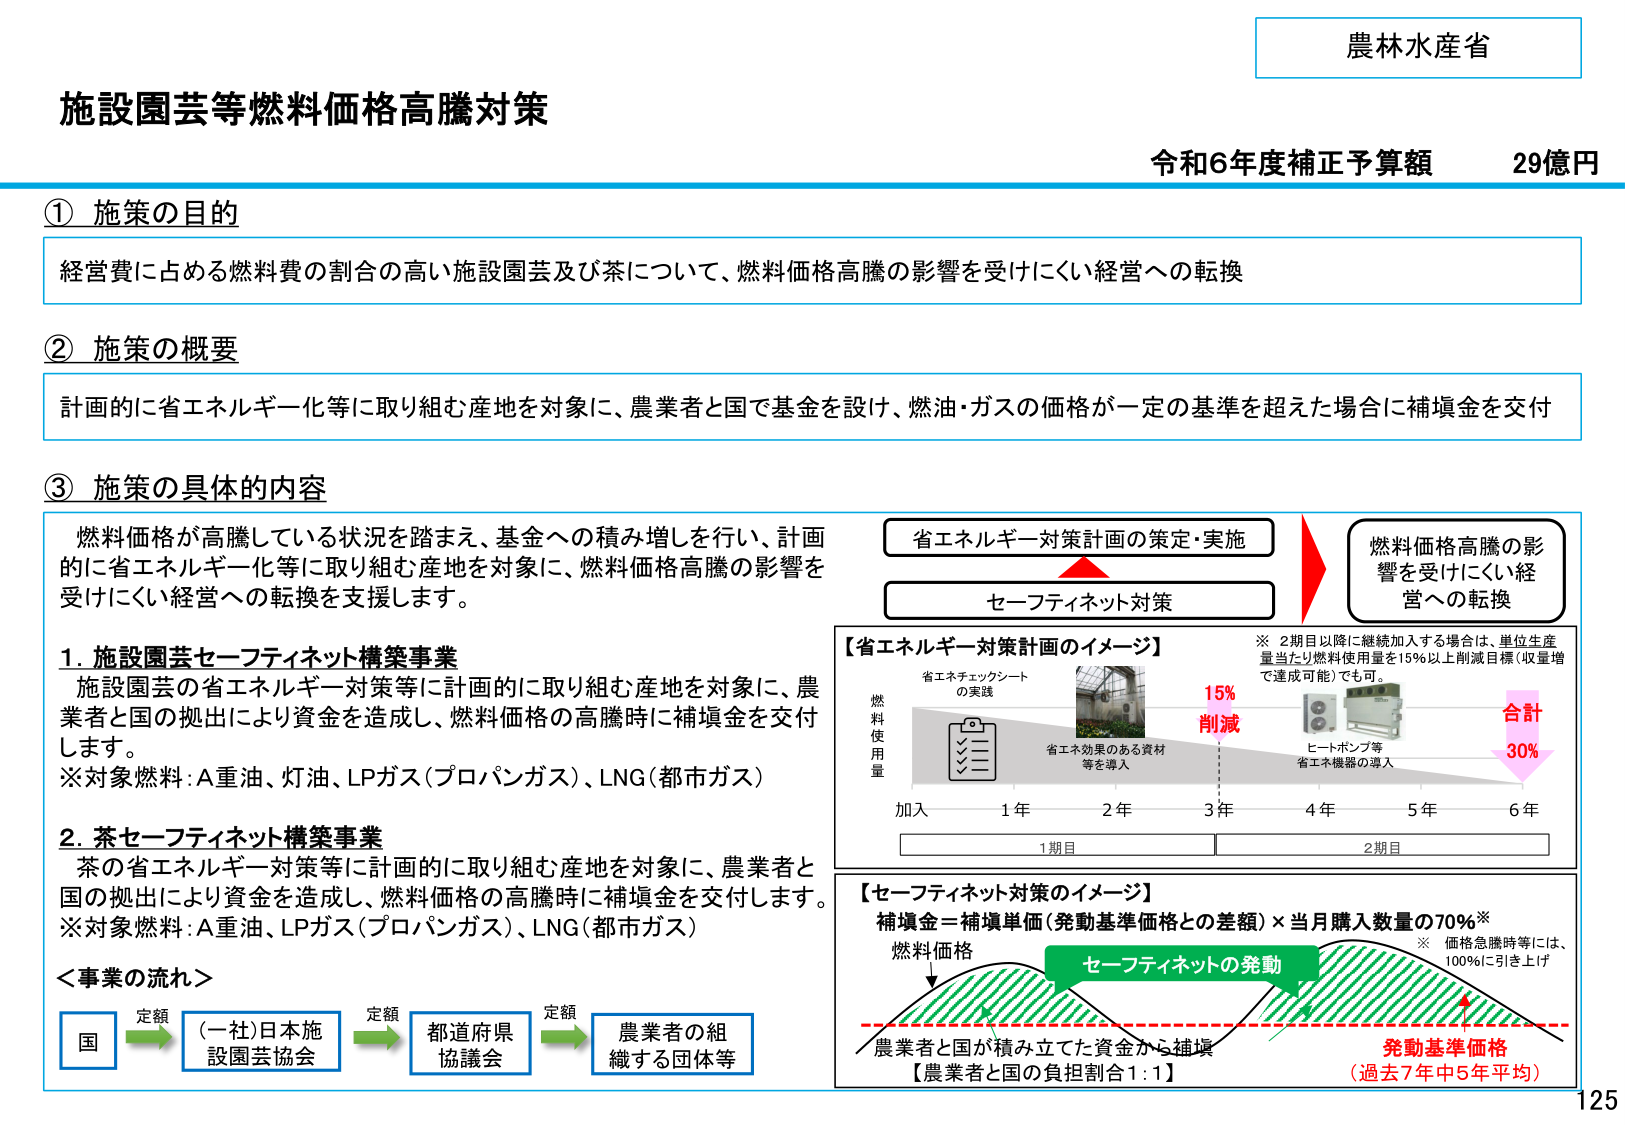
農林水産省
施設園芸等燃料価格高騰対策
令和6年度補正予算額　29億円

① 施策の目的
経営費に占める燃料費の割合の高い施設園芸及び茶について、燃料価格高騰の影響を受けにくい経営への転換

② 施策の概要
計画的に省エネルギー化等に取り組む産地を対象に、農業者と国で基金を設け、燃油・ガスの価格が一定の基準を超えた場合に補填金を交付

③ 施策の具体的な内容
燃料価格が高騰している状況を踏まえ、基金への積み増しを行い、計画的に省エネルギー化等に取り組む産地を対象に、燃料価格高騰の影響を受けにくい経営への転換を支援します。

1. 施設園芸セーフティネット構築事業
施設園芸の省エネルギー対策等に計画的に取り組む産地を対象に、農業者と国の拠出により資金を造成し、燃料価格の高騰時に補填金を交付します。
※対象燃料：A重油、灯油、LPガス（プロパンガス）、LNG（都市ガス）

2. 茶セーフティネット構築事業
茶の省エネルギー対策等に計画的に取り組む産地を対象に、農業者と国の拠出により資金を造成し、燃料価格の高騰時に補填金を交付します。
※対象燃料：A重油、LPガス（プロパンガス）、LNG（都市ガス）

＜事業の流れ＞
国 →（定額）→（一社）日本施設園芸協会 →（定額）→ 都道府県協議会 →（定額）→ 農業者の組織する団体等

【省エネルギー対策計画のイメージ】
省エネチェックシートの実践
省エネ効果のある資材等を導入
ヒートポンプ等省エネ機器の導入
燃料使用量
加入　1年　2年　3年　4年　5年　6年
1期目　2期目
※ 2期目以降に継続加入する場合は、単位生産量当たり燃料使用量を15％以上削減目標（収量増で達成可能）でも可。
15％ 削減
合計 30％

【セーフティネット対策のイメージ】
補填金＝補填単価（発動基準価格との差額）×当月購入数量の70％※
※ 価格急騰時等には、100％に引き上げ
燃料価格
セーフティネットの発動
農業者と国が積み立てた資金から補填
発動基準価格（過去7年中5年平均）
【農業者と国の負担割合1：1】

省エネルギー対策計画の策定・実施
セーフティネット対策
燃料価格高騰の影響を受けにくい経営への転換

125